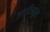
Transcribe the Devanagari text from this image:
जगदिशपूरचे